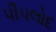
પીપલોદ